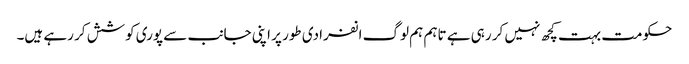
حکومت بہت کچھ نہیں کر رہی ہے تاہم ہم لوگ انفرادی طور پر اپنی جانب سے پوری کوشش کر رہے ہیں۔